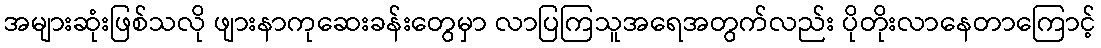
အများဆုံးဖြစ်သလို ဖျားနာကုဆေးခန်းတွေမှာ လာပြကြသူအရေအတွက်လည်း ပိုတိုးလာနေတာကြောင့်